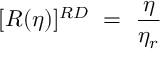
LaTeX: ~ [ R ( \eta ) ] ^ { R D } ~ = ~ \frac { \eta } { \eta _ { r } }